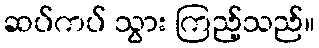
ဆပ်ကပ် သွား ကြည့်သည်။